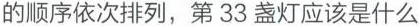
的顺序依次排列，第33盏灯应该是什么